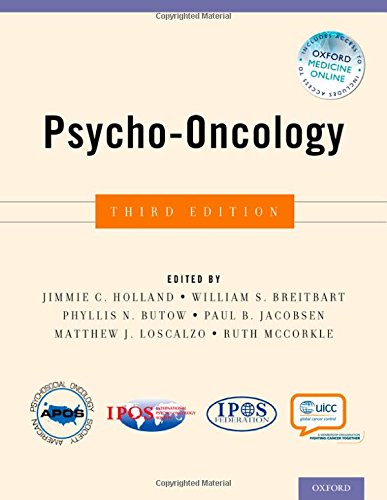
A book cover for Psycho-Oncology; Self-Help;